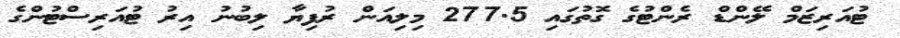
ޓުއަރިޒަމް ލޭންޑް ރެންޓުގެ ގޮތުގައި 277.5 މިލިއަން ރުފިޔާ ލިބުނު އިރު ޓުއަރިސްޓުންގެ